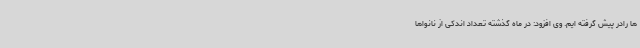
ها رادر پیش گرفته ایم. وی افزود: در ماه گذشته تعداد اندکی از نانواها